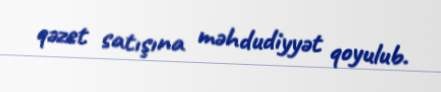
qəzet satışına məhdudiyyət qoyulub.